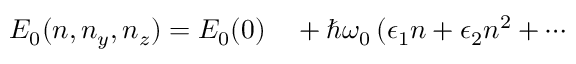
\begin{array} { r l } { E _ { 0 } ( n , n _ { y } , n _ { z } ) = E _ { 0 } ( 0 ) } & { { } + \hbar \omega _ { 0 } \, ( \epsilon _ { 1 } n + \epsilon _ { 2 } n ^ { 2 } + \cdots } \end{array}